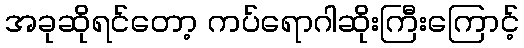
အခုဆိုရင်တော့ ကပ်ရောဂါဆိုးကြီးကြောင့်